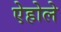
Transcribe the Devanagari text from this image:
ऐहोले